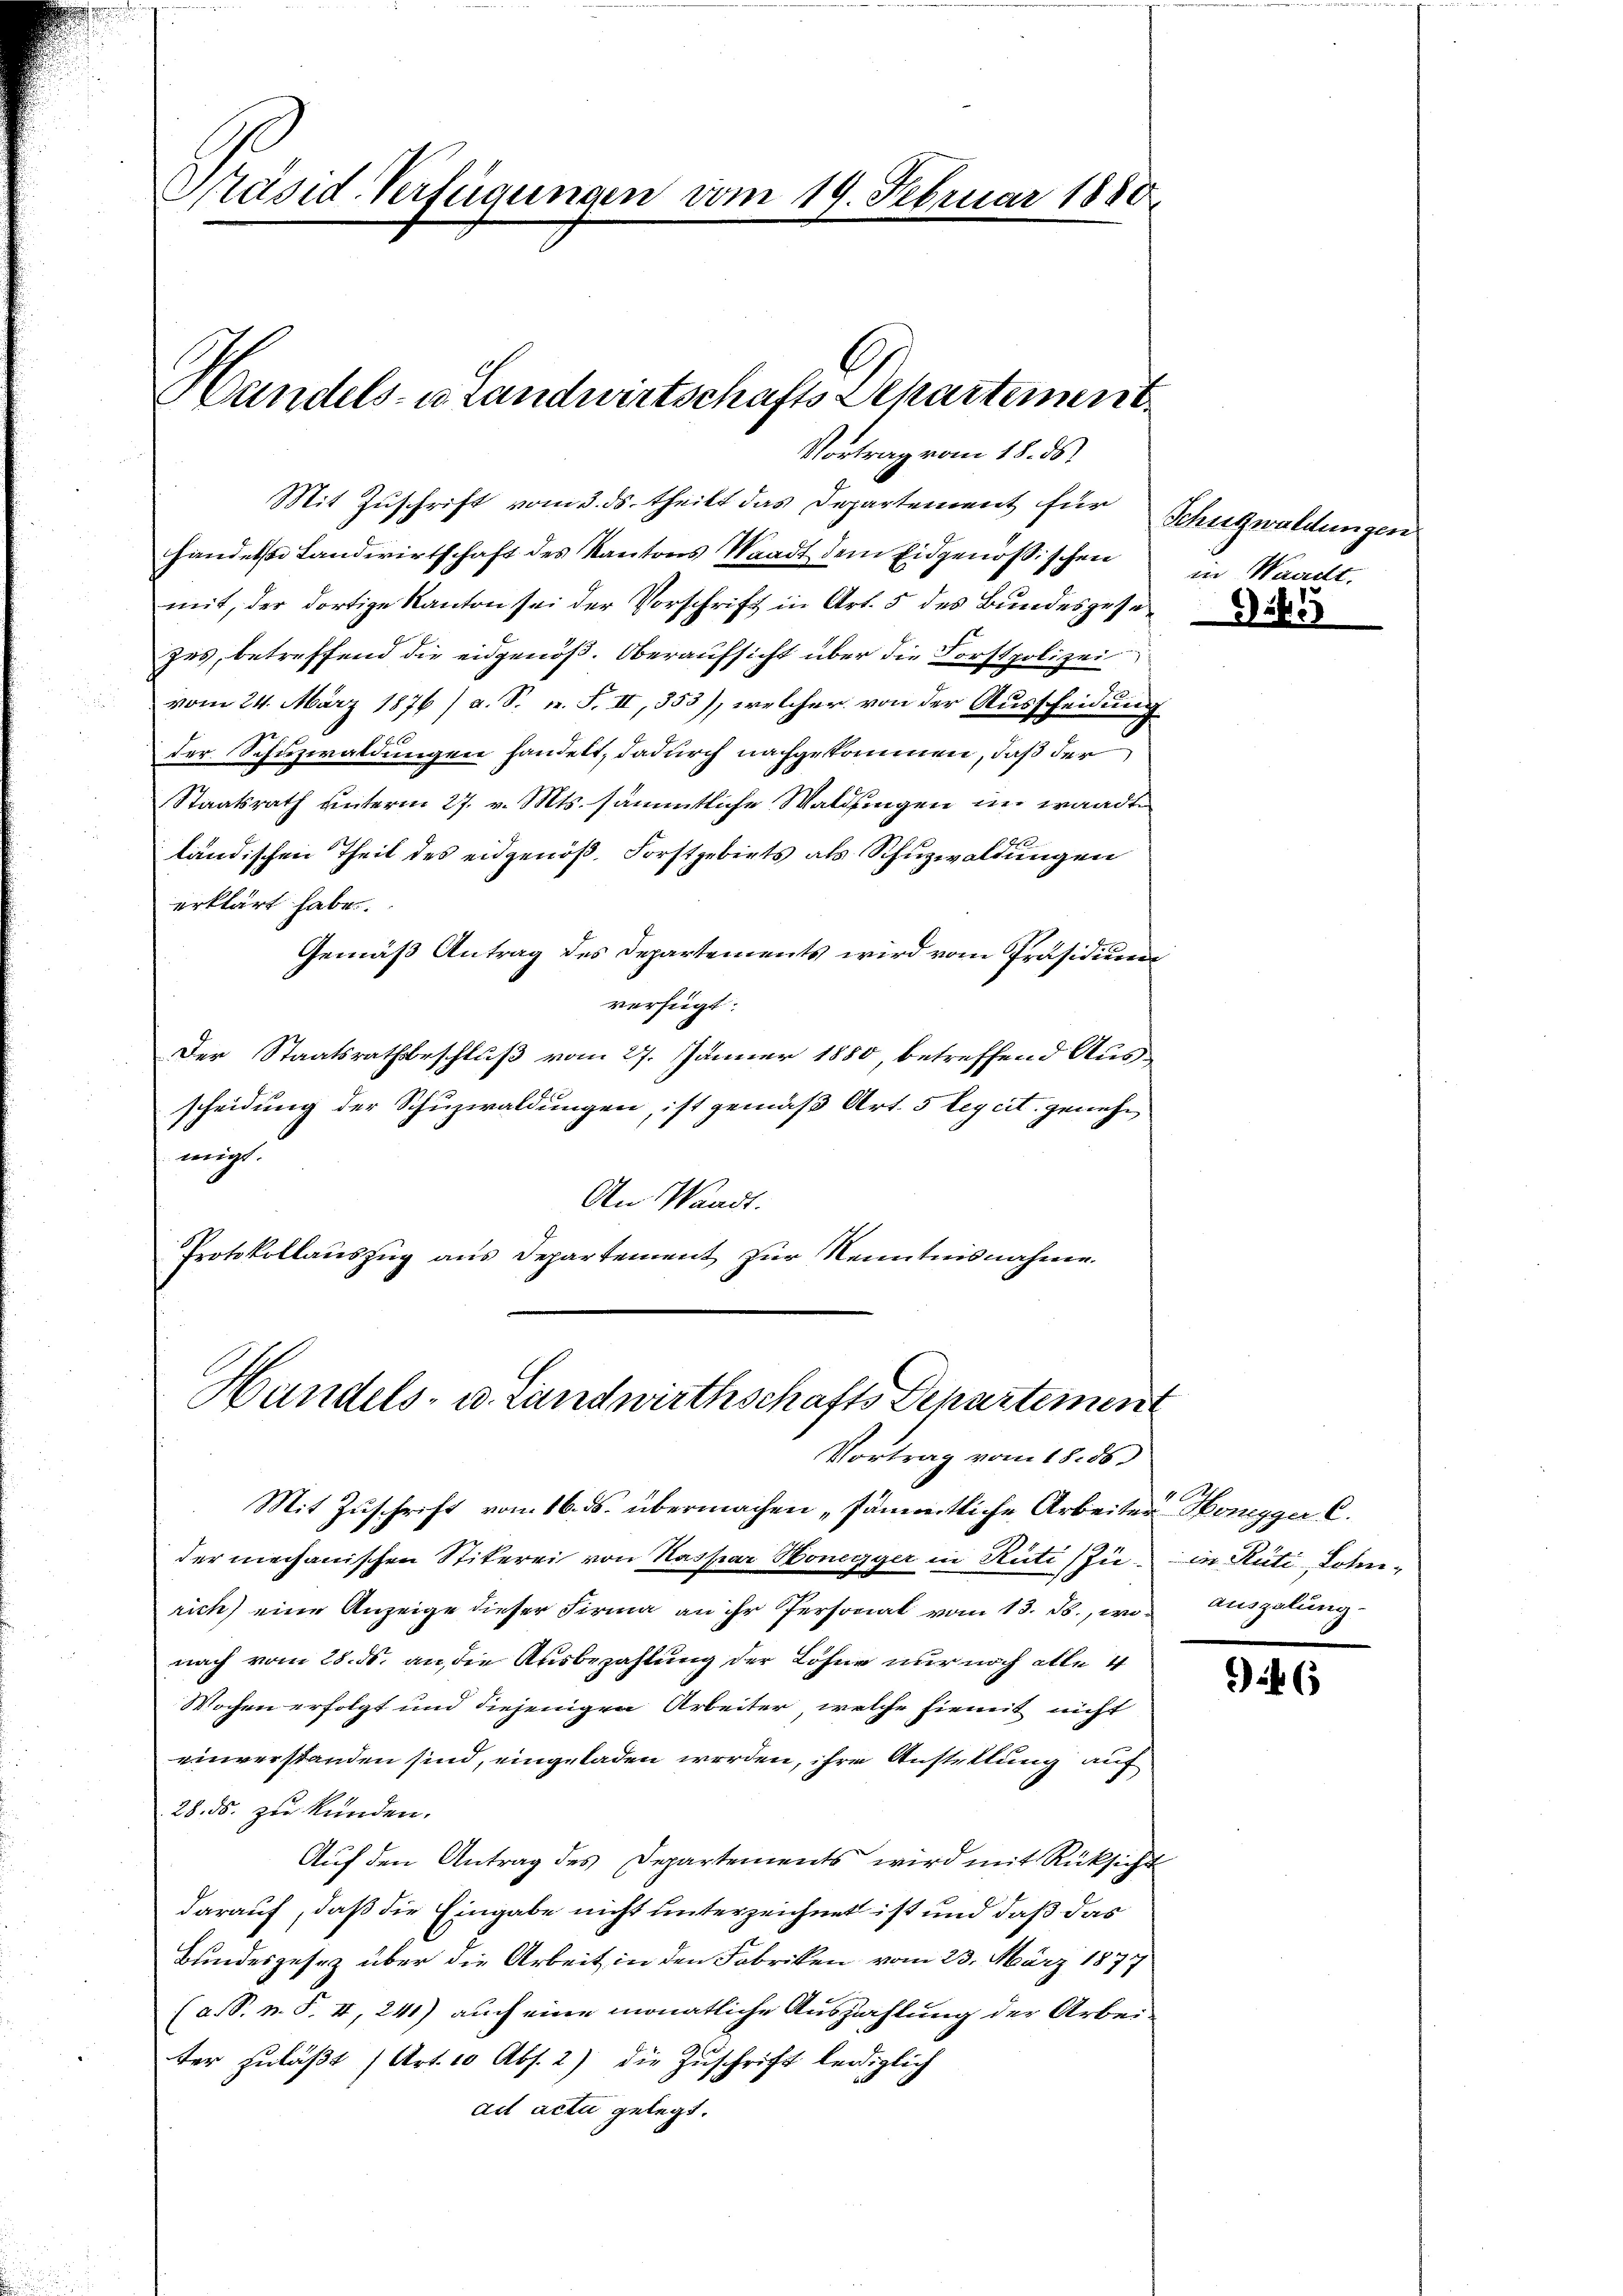
Präsid-Verfügungen vom 19. Februar 1880.

Handels- u. Landwirtschafts Dekartement
Vortrag vom 18. ds.

Mit Zuschrift vom 3. ds. theilt das Departement für Schutzwaldungen
handelst Landwirtschaft des Kantons Waadt dem Eidgenössischen in Waadt,
mit, der dortige Kanton sei der Vorschrift in Art. 5 des Bundesgesezes, betreffend die eidgenöß. Oberaufsicht über die Forstpolizei
vom 24. März 1876/ a. S. n. F. II, 353), welcher von der Ausscheidung
der Schuzwaldungen handelt, dadurch nachgekommen, daß der
Staatsrath unterm 27. v. Mts. sämmtliche Waldungen im wandte
ländischen Theil des eidgenöß, Forstgebiets als Schuzwaldungen
erklärt habe.
Gemäß Antrag des Departements wird vom Präsidium
verfügt:
Der Staatsrathsbeschluß vom 27. Jänner 1880, betreffend Ausscheidung der Schuzwaldungen, ist gemäß Art. 5 legcit. genehm
migt.
An Waadt.
Protokollauszug aus Departement zur Kenntnisnahme.

Handels- u. Landwirthschafts Departement
Vortrag vom 18. ds.

Mit Zuschrift vom 16. ds. übermachen sämmtliche Arbeiter Höngger C.
der mechanischen Stikerei von Kaspar Honegger in Rüti (Zurich) eine Anzeige dieser Firma an ihr Personial vom 13. ds., wonach vom 28. ds. an, die Ausbezahlung der Lohne nur noch alle 4
Wochen erfolgt und diejenigen Arbeiter, welche hiemit nicht
einverstanden sind, eingeladen werden, ihre Anstellung auf
28. ds. zur künden.
Auf den Antrag des Departements wird mit Rücksicht
darauf, daß die Eingabe nicht unterzeichnet ist und daß das
Bundesgesez über die Arbeit in den Fabriken vom 23. März 1877
(a. S. n. F. II, 241) auch eine monatliche Auszahlung der Arbeiter zuläßt (Art. 10 Abs. 2) die Zuschrift leidiglich
ad acta gelegt.

9555

in Rüti, Lohn-
auszelung.

340